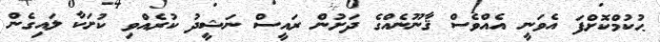
ޙުކުމްކޮށްފަ އެވަނީ އެއްވެސް ޤާނޫނެއްގެ ދަށުން ރައީސް ނަޝީދު ކުރެއްވި ކުށަކާ ލައިގެން